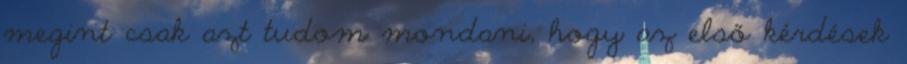
megint csak azt tudom mondani, hogy az első kérdések